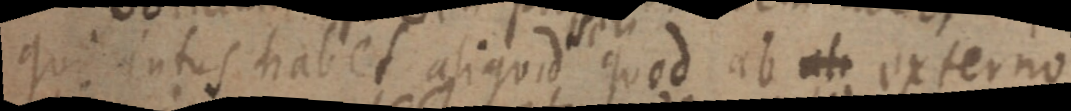
qui intus habet aliquid quod ab ali externo